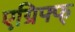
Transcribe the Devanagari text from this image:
एग्रिफ्फ्